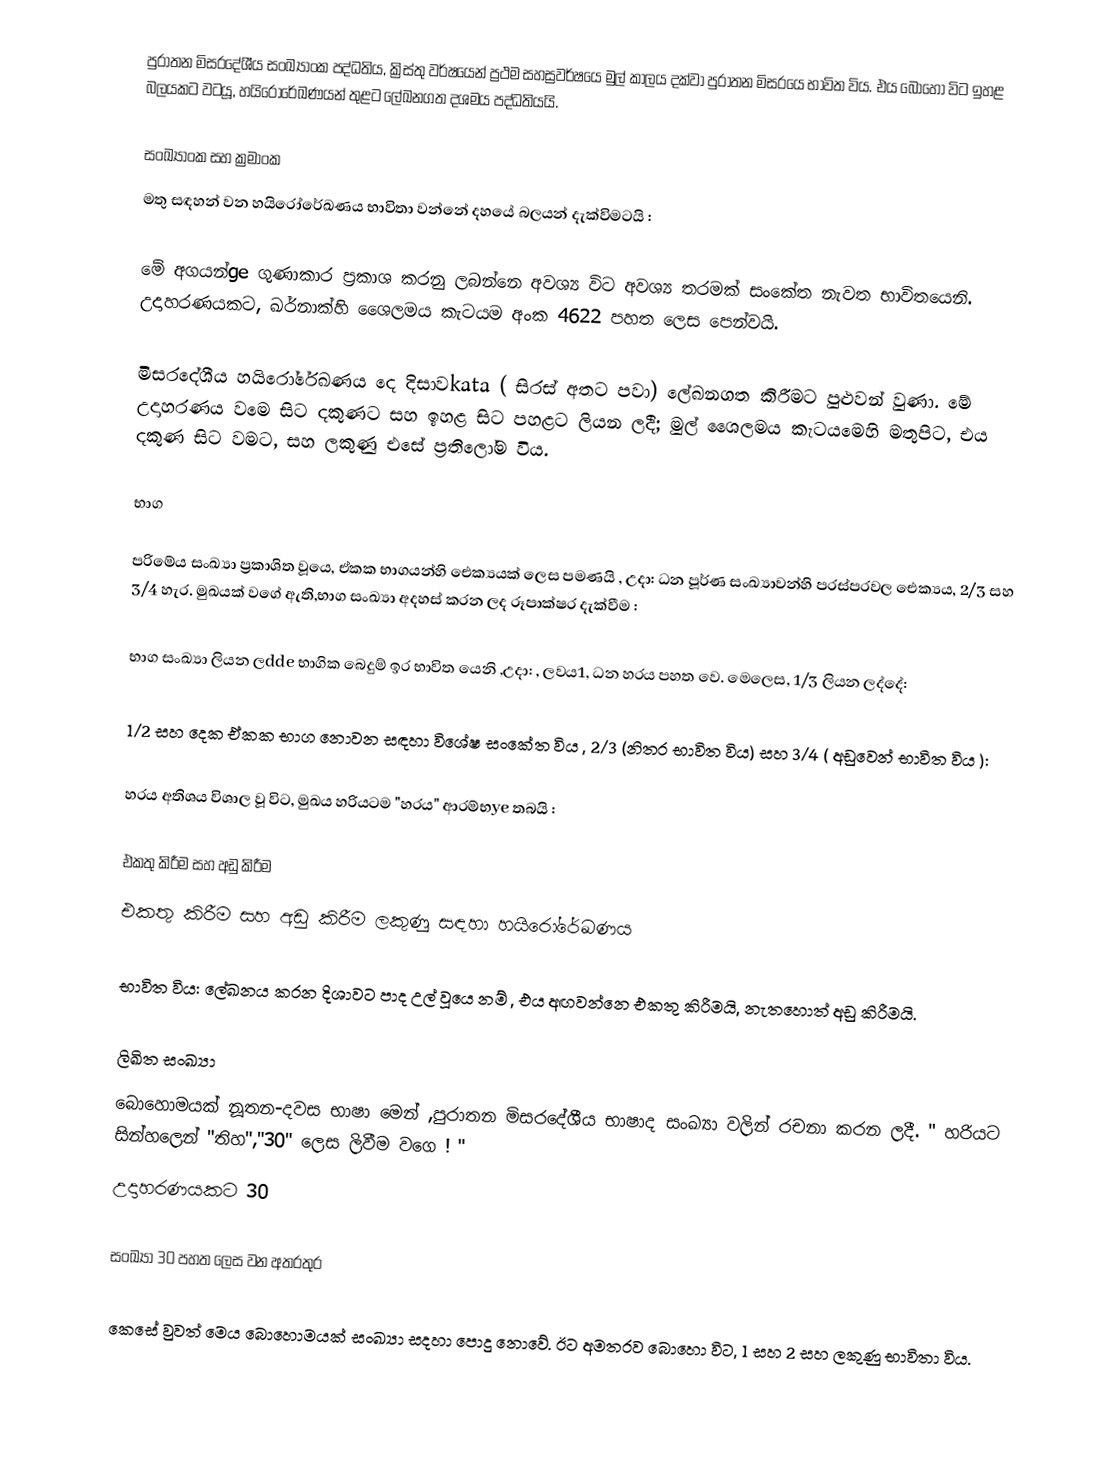
පුරාතන මිසරදේශීය සංඛ්‍යාංක පද්ධතිය, ක්‍රිස්තු වර්ෂයෙන් ප්‍රථම සහස්‍රවර්ෂයෙ මුල් කාලය දක්වා පුරාතන මිසරයෙ භාවිත විය. එය බොහෝ විට ඉහළ බලයකට වටයූ,  හයිරෝරේඛණයන් තුළට ලේඛනගත  දශමය පද්ධතියයි.

සංඛ්‍යාංක සහ  ක්‍රමාංක
මතු සඳහන් වන හයිරෝරේඛණය භාවිතා වන්නේ  දහයේ බලයන් දැක්විමටයි  :

මේ අගයන්ge ගුණාකාර ප්‍රකාශ කරනු ලබන්නෙ අවශ්‍ය විට අවශ්‍ය තරමක් සංකේත  නැවත  භාවිතයෙනි. උදාහරණයකට, ඛර්නාක්හි ශෛලමය කැටයම අංක 4622  පහත ලෙස පෙන්වයි.

මිසරදේශීය හයිරෝරේඛණය  දෙ දිසාවkata ( සිරස් අතට පවා) ලේඛනගත කිරීමට පුළුවන් වුණා. මේ උදාහරණය  වමෙ සිට දකුණට සහ ඉහළ සිට පහළට ලියන ලදී; මුල් ශෛලමය කැටයමෙහි මතුපිට, එය දකුණ සිට වමට, සහ  ලකුණු  එසේ ප්‍රතිලෝම විය.

භාග

පරිමේය සංඛ්‍යා  ප්‍රකාශිත වූයෙ,  ඒකක භාගයන්හි ඓක්‍යයක් ලෙස   පමණයි , උදා: ධන පූර්ණ සංඛ්‍යාවන්හි පරස්පරවල  ඓක්‍යය,  2/3 සහ 3/4 හැර. මුඛයක් වගේ ඇති,භාග සංඛ්‍යා අදහස් කරන ලද රූපාක්ෂර දැක්වීම :

භාග සංඛ්‍යා ලියන ලdde භාගික බෙදුම් ඉර භාවිත යෙනි ,උදා: ,  ලවය1,  ධන හරය පහත වෙ. මෙලෙස, 1/3  ලියන ලද්දේ:

1/2 සහ  දෙක ඒකක  භාග නොවන සඳහා විශේෂ සංකේත විය , 2/3 (නිතර භාවිත විය) සහ 3/4 ( අඩුවෙන් භාවිත විය ):

හරය අතිශය විශාල වූ විට, මුඛය හරියටම "හරය" ආරම්භye තබයි :

එකතු කිරීම සහ අඩු කිරීම
එකතු කිරීම සහ අඩු කිරීම ලකුණු සඳහා  හයිරෝරේඛණය

භාවිත විය: ලේඛනය කරන දිශාවට පාද උල් වූයෙ නම් , එය අඟවන්නෙ එකතු කිරීමයි, නැතහොත් අඩු කිරීමයි.

ලිඛිත සංඛ්‍යා
බොහොමයක් නූතන-දවස භාෂා මෙන් ,පුරාතන මිසරදේශීය භාෂාද සංඛ්‍යා වලින් රචනා කරන ලදී. " හරියට සින්හලෙන් "තිහ","30" ලෙස ලිවීම වගෙ ! "
උදාහරණයකට 30

සංඛ්‍යා 30 පහත ලෙස වන අතරතුර

කෙසේ වුවත් මෙය බොහොමයක් සංඛ්‍යා  සදහා පොදු නොවේ. ඊට අමතරව බොහො විට,  1 සහ 2 සහ ලකුණු භාවිතා විය.